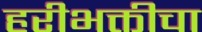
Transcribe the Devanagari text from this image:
हरीभक्तीचा